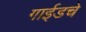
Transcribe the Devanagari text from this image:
गाईडचे